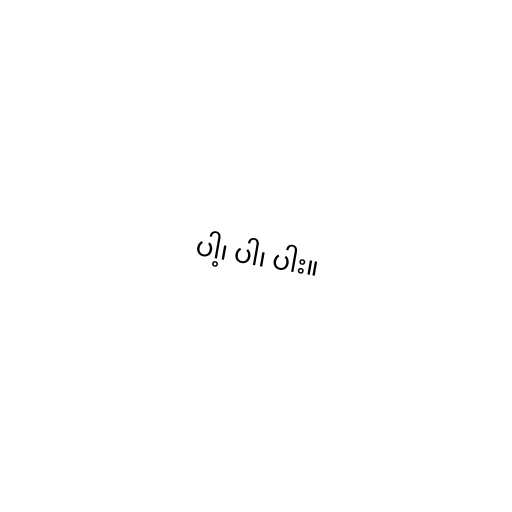
ပါ့၊ ပါ၊ ပါး။